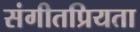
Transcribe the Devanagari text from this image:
संगीतप्रियता